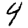
Digit: 4